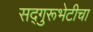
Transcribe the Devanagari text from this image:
सद्गुरूभेटीचा